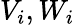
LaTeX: \mathbf{}V_{i},W_{i}